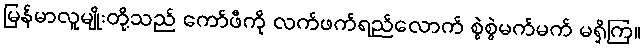
မြန်မာလူမျိုးတို့သည် ကော်ဖီကို လက်ဖက်ရည်လောက် စွဲစွဲမက်မက် မရှိကြ။